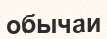
обычаи